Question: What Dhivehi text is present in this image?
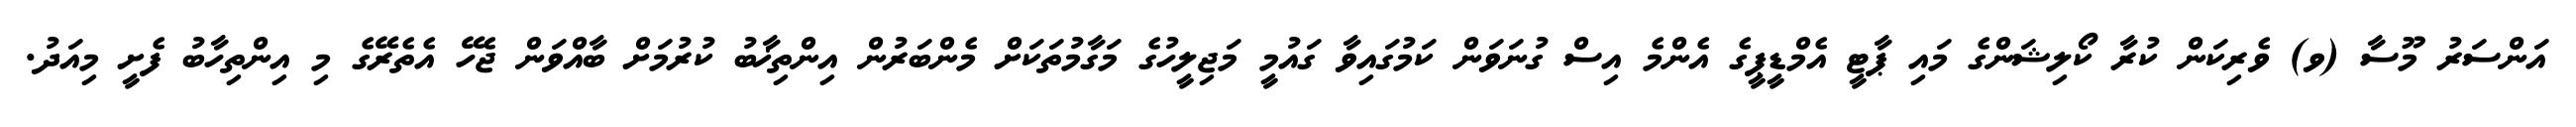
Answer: އަންސަރު މޫސާ (ވ) ވެރިކަން ކުރާ ކޯލިޝަންގެ މައި ޕާޓީ އެމްޑީޕީގެ އެންމެ އިސް ގުނަވަން ކަމުގައިވާ ގައުމީ މަޖިލީހުގެ މަގާމުތަކަށް މެންބަރުން އިންތިޚާބު ކުރުމަށް ބާއްވަން ޖެހޭ އެތެރޭގެ މި އިންތިހާބު ފެށީ މިއަދު.